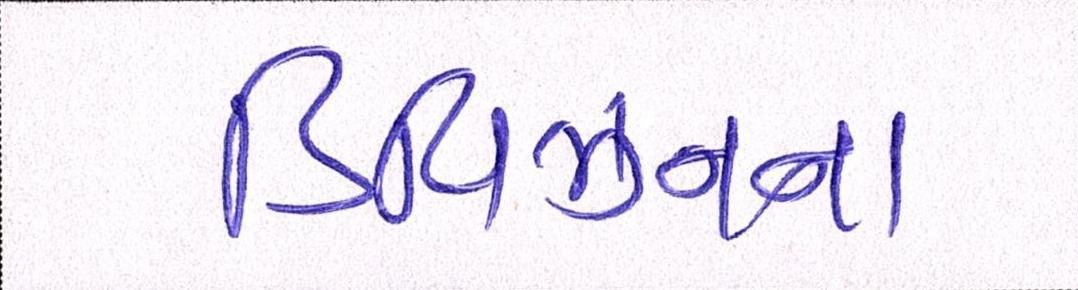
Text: ડિવિઝનના